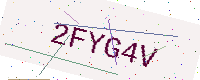
Text: 2FYG4V